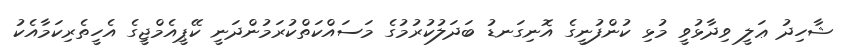
ޝާހިދު ޢަލީ ވިދާޅުވީ މުޅި ކުންފުނީގެ އޮނިގަނޑު ބަދަލުކުރުމުގެ މަސައްކަތްކުރަމުންދަނީ ކޭޕީއެމްޖީގެ އެހީތެރިކަމާއެކު